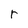
Character: r